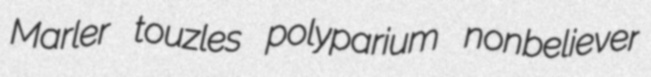
Marler touzles polyparium nonbeliever